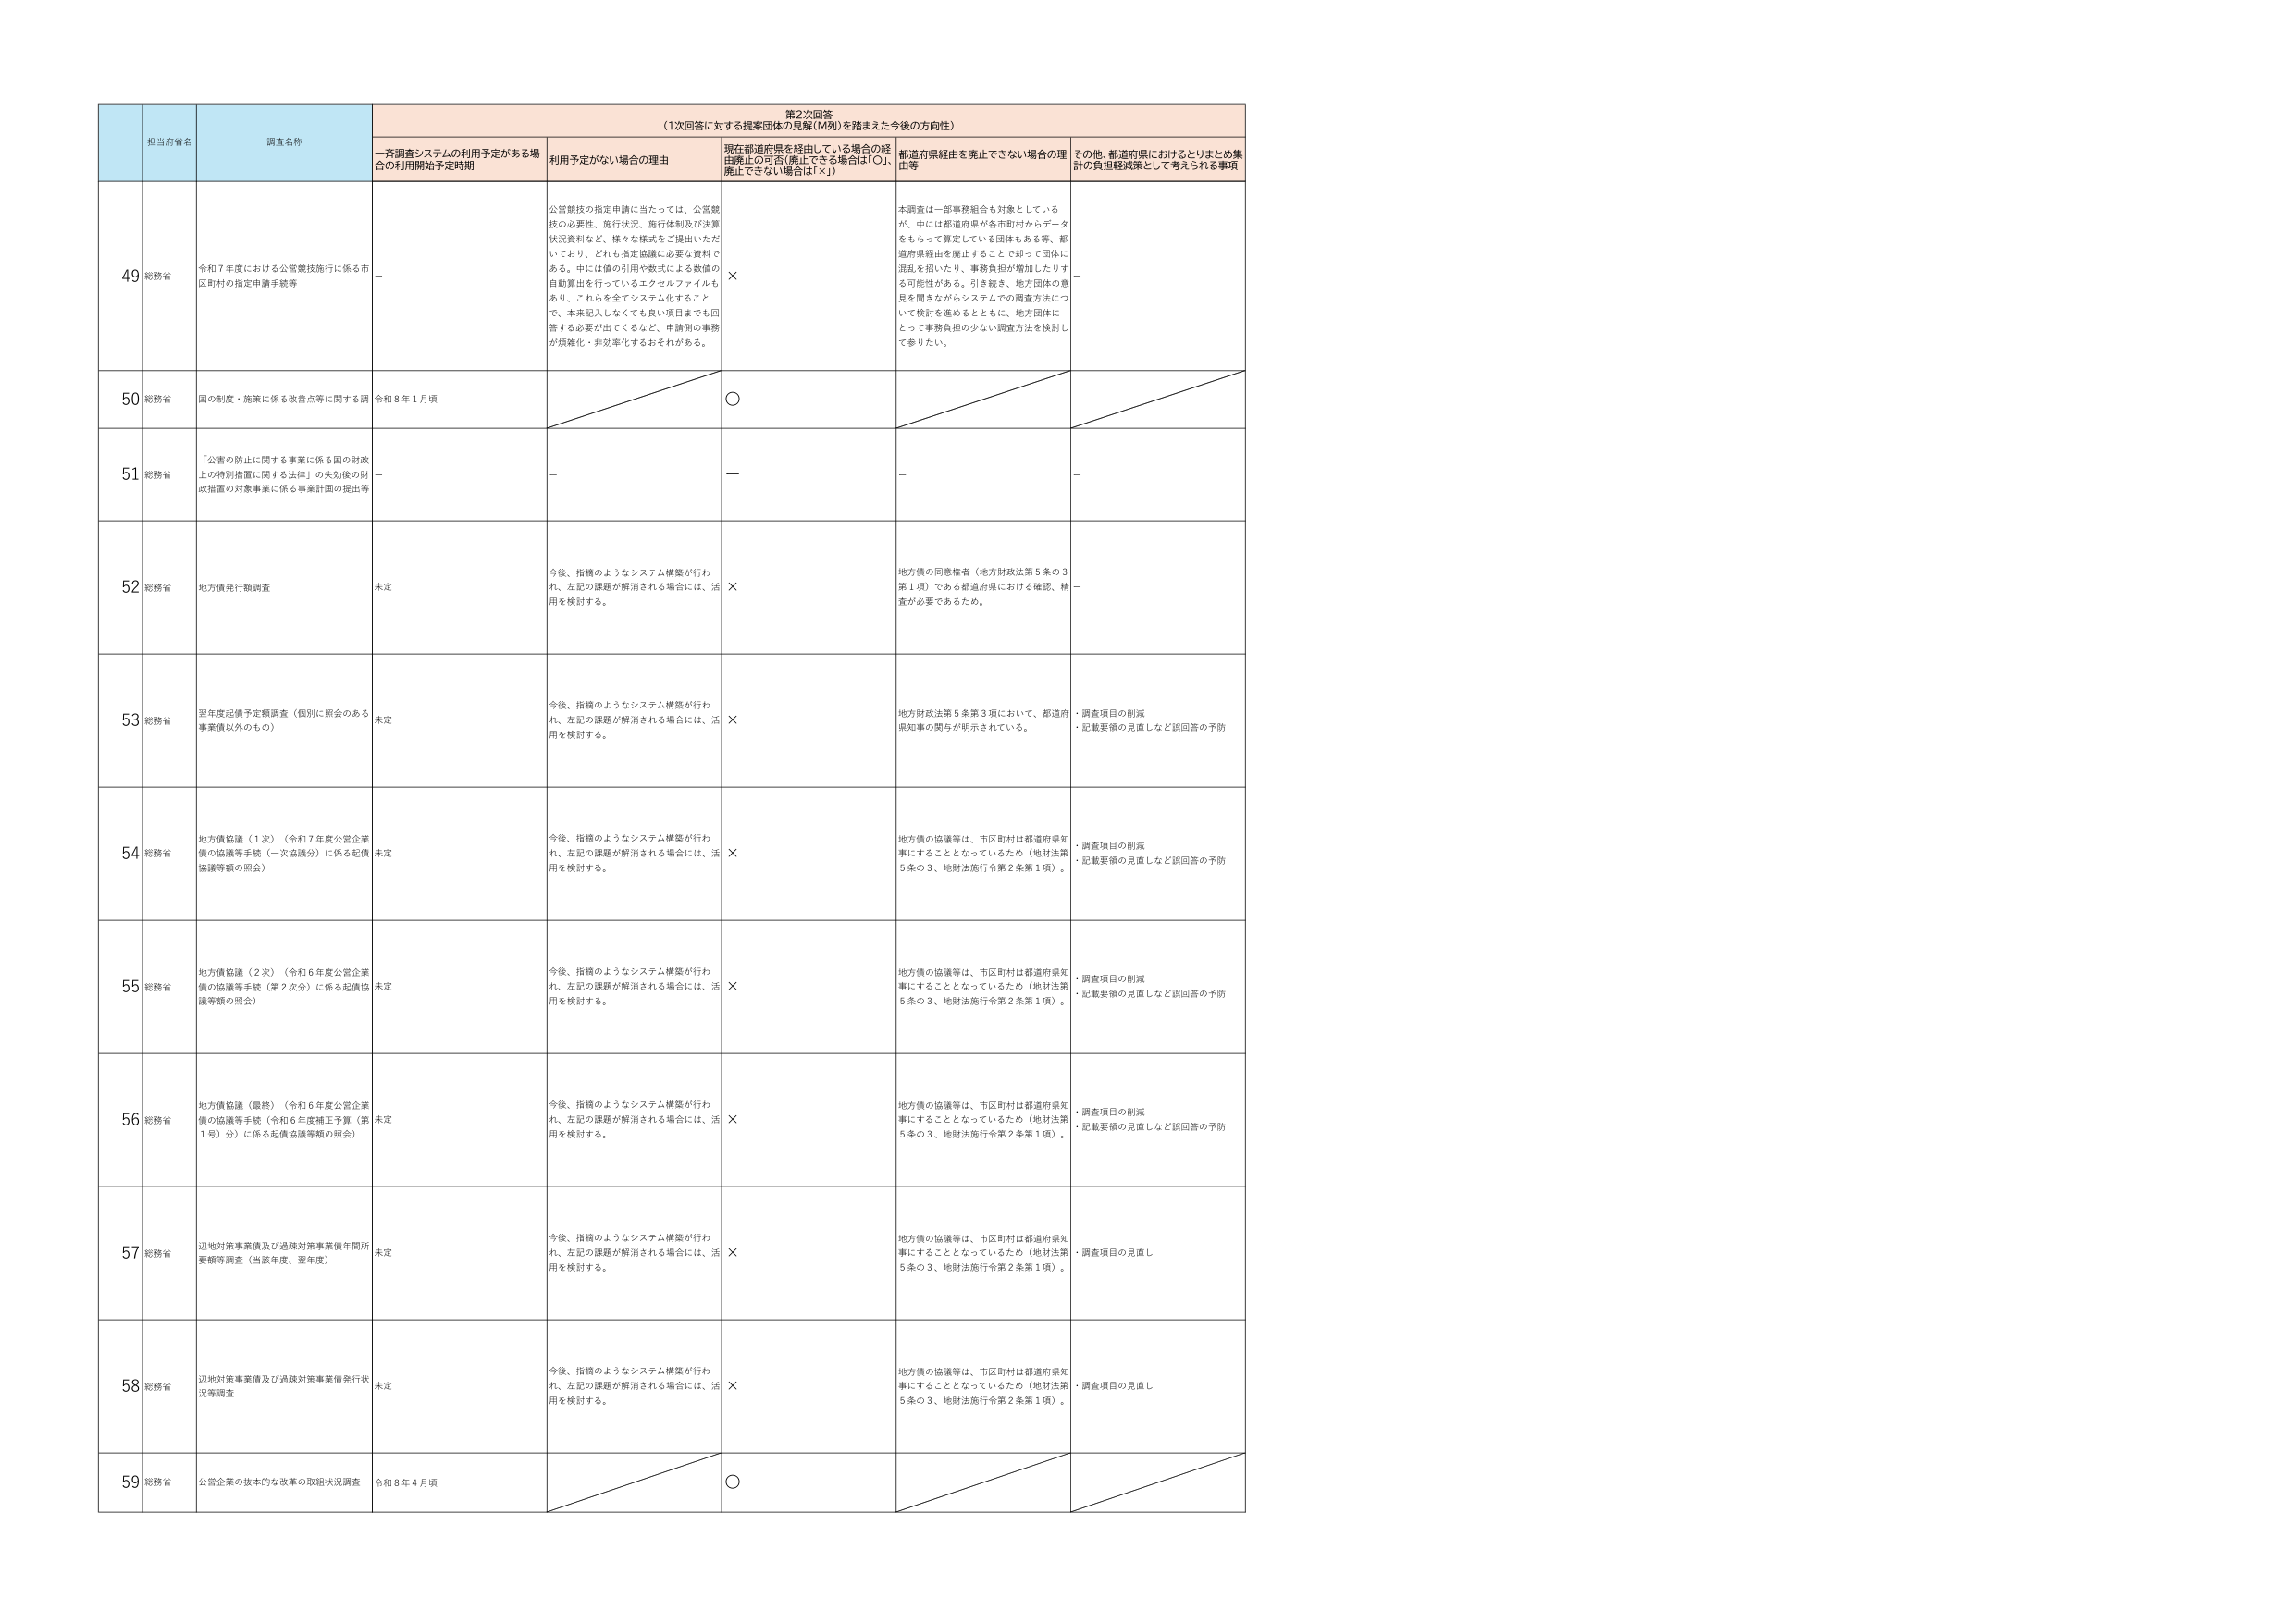
第2次回答
（1次回答に対する提案団体の見解（M列）を踏まえた今後の方向性）

担当府省名
調査名称
一斉調査システムの利用予定がある場合の利用開始予定時期
利用予定がない場合の理由
現在都道府県を経由している場合の経由廃止の可否（廃止できる場合は「○」、廃止できない場合は「×」）
都道府県経由を廃止できない場合の理由
その他、都道府県におけるとりまとめ集計の負担軽減策として考えられる事項

49
総務省
令和７年度における公営競技施行に係る市区町村の指定申請手続等
－
公営競技の指定申請に当たっては、公営競技の必要性、施行状況、施行体制及び決算状況資料など、様々な様式をご提出いただいており、どれも指定協議に必要な資料である。中には個の引用や数式による数値の自動算出を行っているエクセルファイルもあり、これらを全てシステム化すること で、本来記入しなくても良い項目までも回答する必要が出てくるなど、申請側の事務が煩雑化・非効率化するおそれがある。
×
本調査は一部事務組合も対象としているが、中には都道府県が各市町村からデータをもらって算定している団体もある等、都道府県経由を廃止することで却って団体に混乱を招いたり、事務負担が増加したりする可能性がある。引き続き、地方団体の意見を聞きながらシステムでの調査方法について検討を進めるとともに、地方団体にとって事務負担の少ない調査方法を検討して参りたい。
－

50
総務省
国の制度・施策に係る改善点等に関する調
令和８年１月頃
○

51
総務省
「公害の防止に関する事業に係る国の財政上の特別措置に関する法律」の失効後の財政措置の対象事業に係る事業計画の提出等
－
－
－
－
－

52
総務省
地方債発行額調査
未定
今後、指摘のようなシステム構築が行われ、左記の課題が解消される場合には、活用を検討する。
×
地方債の同意権者（地方財政法第５条の３第１項）である都道府県における確認、精査が必要であるため。
－

53
総務省
翌年度起債予定額調査（個別に照会のある事業債以外のもの）
未定
今後、指摘のようなシステム構築が行われ、左記の課題が解消される場合には、活用を検討する。
×
地方財政法第５条第３項において、都道府県知事の関与が明示されている。
・調査項目の削減
・記載要領の見直しなど誤回答の予防

54
総務省
地方債協議（１次）（令和７年度公営企業債の協議等手続（一次協議分）に係る起債協議等額の照会）
未定
今後、指摘のようなシステム構築が行われ、左記の課題が解消される場合には、活用を検討する。
×
地方債の協議等は、市区町村は都道府県知事にすることとなっているため（地財法第５条の３、地財法施行令第２条第１項）。
・調査項目の削減
・記載要領の見直しなど誤回答の予防

55
総務省
地方債協議（２次）（令和６年度公営企業債の協議等手続（第２次分）に係る起債協議等額の照会）
未定
今後、指摘のようなシステム構築が行われ、左記の課題が解消される場合には、活用を検討する。
×
地方債の協議等は、市区町村は都道府県知事にすることとなっているため（地財法第５条の３、地財法施行令第２条第１項）。
・調査項目の削減
・記載要領の見直しなど誤回答の予防

56
総務省
地方債協議（最終）（令和６年度公営企業債の協議等手続（令和６年度補正予算（第１号）分）に係る起債協議等額の照会）
未定
今後、指摘のようなシステム構築が行われ、左記の課題が解消される場合には、活用を検討する。
×
地方債の協議等は、市区町村は都道府県知事にすることとなっているため（地財法第５条の３、地財法施行令第２条第１項）。
・調査項目の削減
・記載要領の見直しなど誤回答の予防

57
総務省
辺地対策事業債及び過疎対策事業債年間所要額等調査（当該年度、翌年度）
未定
今後、指摘のようなシステム構築が行われ、左記の課題が解消される場合には、活用を検討する。
×
地方債の協議等は、市区町村は都道府県知事にすることとなっているため（地財法第５条の３、地財法施行令第２条第１項）。
・調査項目の見直し

58
総務省
辺地対策事業債及び過疎対策事業債発行状況等調査
未定
今後、指摘のようなシステム構築が行われ、左記の課題が解消される場合には、活用を検討する。
×
地方債の協議等は、市区町村は都道府県知事にすることとなっているため（地財法第５条の３、地財法施行令第２条第１項）。
・調査項目の見直し

59
総務省
公営企業の抜本的な改革の取組状況調査
令和８年４月頃
○